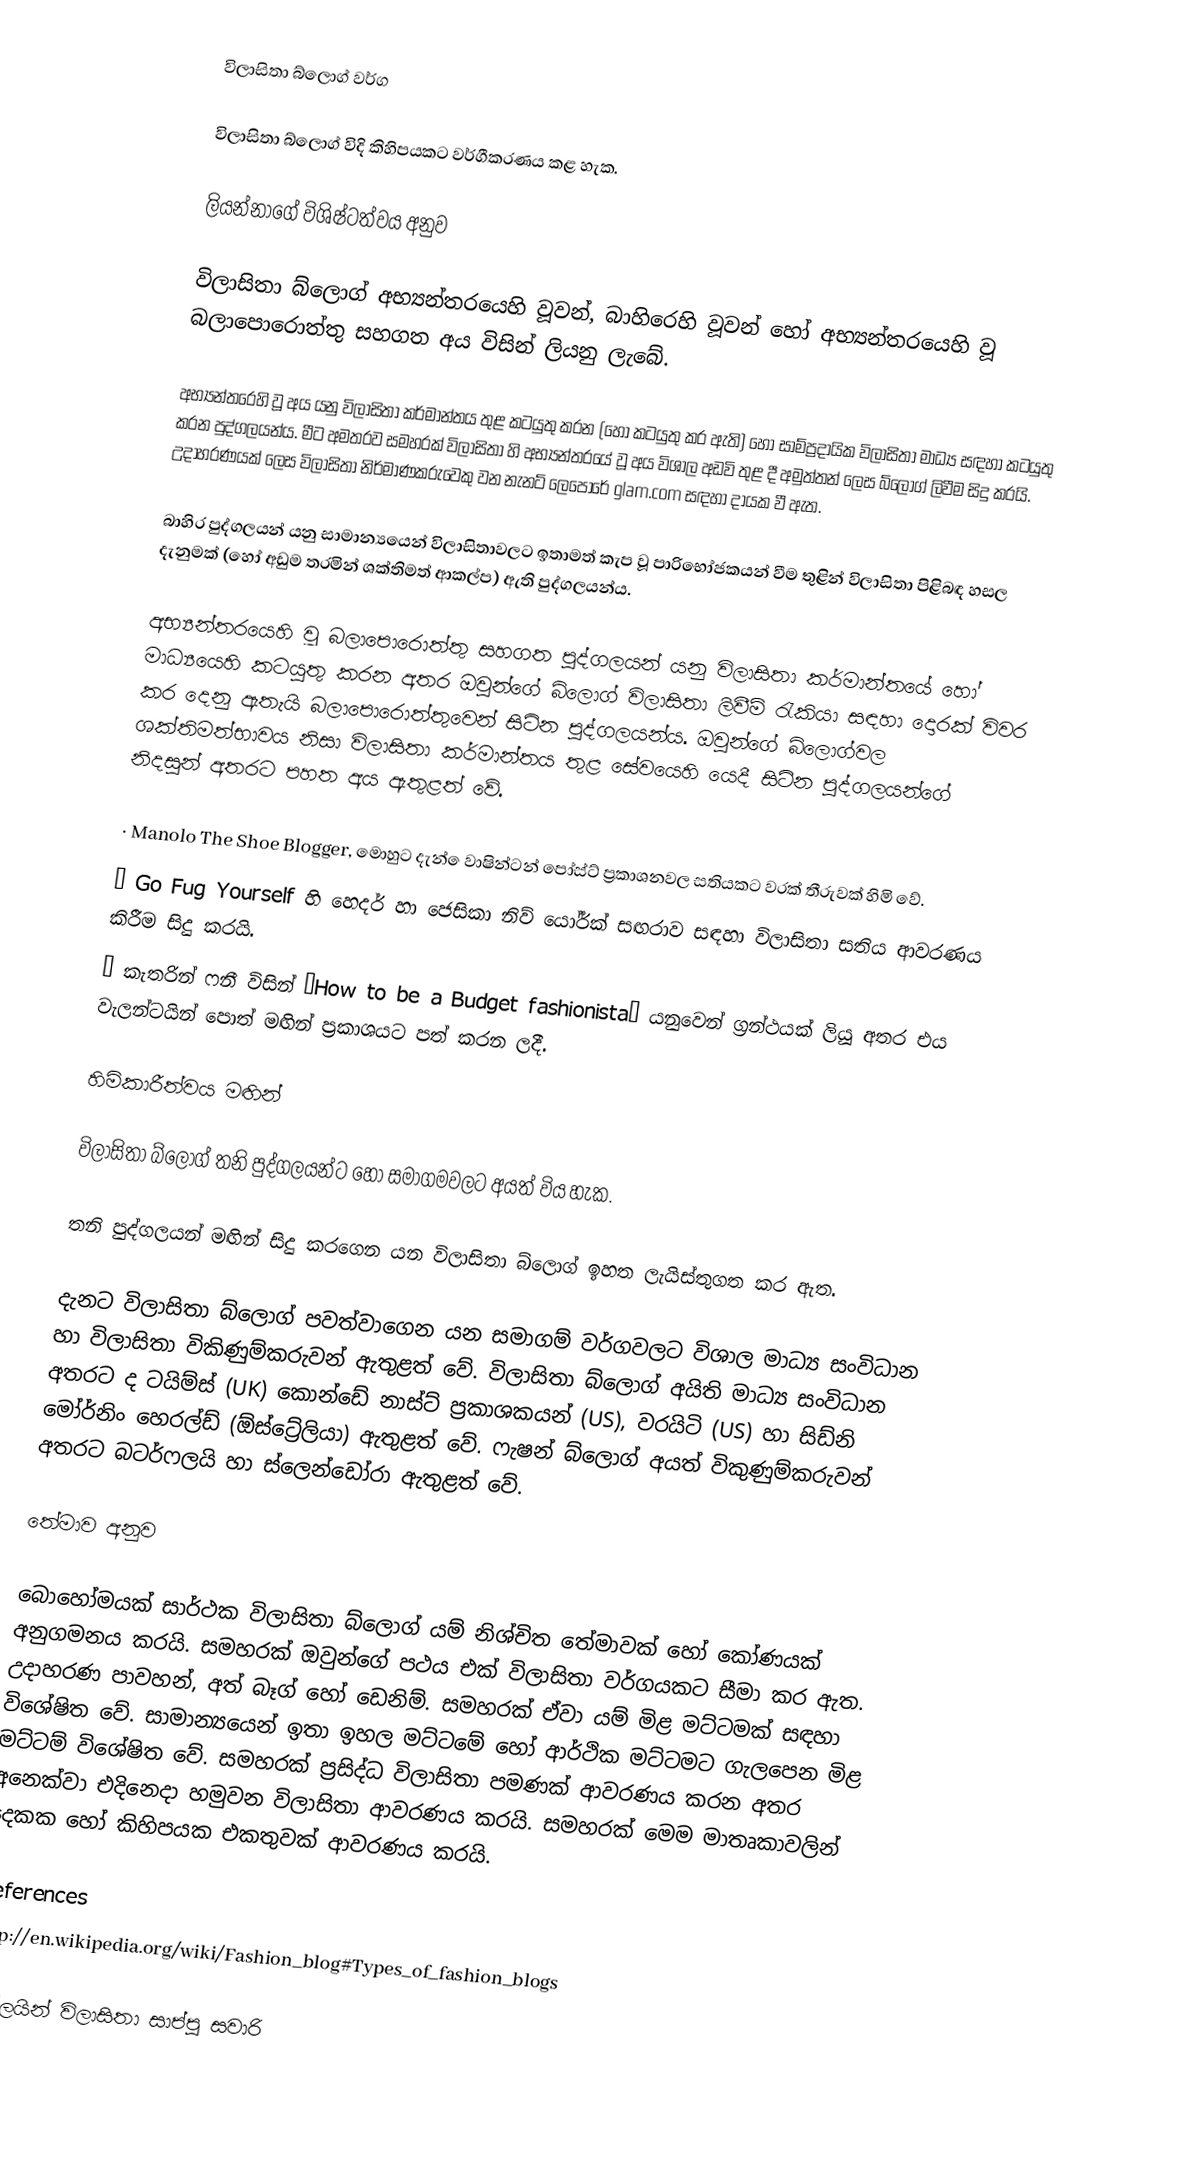
විලාසිතා බ්ලොග් වර්ග

විලාසිතා බ්ලොග් විදි කිහිපයකට වර්ගීකරණය කළ හැක.

ලියන්නාගේ විශිෂ්ටත්වය අනුව

විලාසිතා බ්ලොග් අභ්‍යන්තරයෙහි වූවන්, බාහිරෙහි වූවන් හෝ අභ්‍යන්තරයෙහි වූ බලාපොරොත්තු සහගත අය විසින් ලියනු ලැබේ.

අභ්‍යන්තරෙහි වූ අය යනු විලාසිතා කර්මාන්තය තුළ කටයුතු කරන (හෝ ‍කටයුතු කර ඇති) හෝ සාම්ප්‍රදායික විලාසිතා මාධ්‍ය සඳහා කටයුතු කරන පුද්ගලයන්ය. මීට අමතරව සමහරක් විලාසිතා හි අභ්‍යන්තරයේ වූ අය විශාල අඩවි තුළ දී අමුත්තන් ලෙස බ්ලොග් ලිවීම සිදු කරයි. උදාහරණයක් ලෙස විලාසිතා නිර්මාණකරුවෙකු වන නැනට් ලෙපෝරේ glam.com සඳහා දායක වී ඇත.

බාහිර පුද්ගලයන් යනු සාමාන්‍යයෙන් විලාසිතාවලට ඉතාමත් කැප වූ පාරිභෝජකයන් වීම තුළින් විලාසිතා පිළිබඳ හසල දැනුමක් (හෝ අඩුම තරමින් ශක්තිමත් ආකල්ප) ඇති පුද්ගලයන්ය.

අභ්‍යන්තරයෙහි වූ බලාපොරොත්තු සහගත පුද්ගලයන් ‍යනු විලාසිතා කර්මාන්තයේ හෝ මාධ්‍යයෙහි කටයුතු කරන අතර ඔවුන්ගේ බ්ලොග් විලාසිතා ලිවීම් රැකියා සඳහා දොරක් විවර කර දෙනු ඇතැයි බලාපොරොත්තුවෙන් සිටින පුද්ගලයන්ය. ඔවුන්ගේ බ්ලොග්වල ශක්තිමත්භාවය නිසා විලාසිතා කර්මාන්තය තුළ සේවයෙහි යෙදී සිටින පුද්ගලයන්ගේ නිදසුන් අතරට පහත අය ඇතුළත් වේ.

·	Manolo The Shoe Blogger, මොහුට දැන් ‍ෙවාෂින්ටන් පෝස්ට් ප්‍රකාශනවල සතියකට වරක් තීරුවක් හිමි වේ.
·	Go Fug Yourself හි හෙදර් හා ජෙසිකා නිව් යෝර්ක් සඟරාව සඳහා විලාසිතා සතිය ආවරණය කිරීම සිදු කරයි.
·	කැතරින් ෆනී විසින් “How to be a Budget fashionista” යනුවෙන් ග්‍රන්ථයක් ලියූ අතර එය වැලන්ටයින් පොත් මඟින් ප්‍රකාශයට පත් කරන ලදී.

හිමිකාරීත්වය මඟින්

විලාසිතා බ්ලොග් තනි පුද්ගලයන්ට හෝ සමාගමවලට අයත් විය හැක.

තනි පුද්ගලයන් මඟින් සිදු කරගෙන යන විලාසිතා බ්ලොග් ඉහත ලැයිස්තුගත කර ඇත.

දැනට විලාසිතා බ්ලොග් පවත්වාගෙන යන සමාගම් වර්ගවලට විශාල මාධ්‍ය සංවිධාන හා විලාසිතා විකිණුම්කරුවන් ඇතුළත් වේ. විලාසිතා බ්ලොග් අයිති මාධ්‍ය සංවිධාන අතරට ද ටයිම්ස් (UK) කොන්ඩේ නාස්ට් ප්‍රකාශකයන් (US), වරයිටි (US) හා සිඩ්නි මෝර්නිං හෙරල්ඩ් (ඕස්ට්‍රේලියා) ඇතුළත් වේ. ෆැෂන් බ්ලොග් අයත් විකුණුම්කරුවන් අතරට බටර්ෆලයි හා ස්ලෙන්ඩෝරා ඇතුළත් වේ.

තේමාව අනුව

බොහෝමයක් සාර්ථක විලාසිතා බ්ලොග් යම් නිශ්චිත තේමාවක් හෝ කෝණයක් අනුගමනය කරයි. සමහරක් ඔවුන්ගේ පථය එක් විලාසිතා වර්ගයකට සීමා කර ඇත. උදාහරණ පාවහන්, අත් බෑග් හෝ ඩෙනිම්. සමහරක් ඒවා යම් මිළ මට්ටමක් සඳහා විශේෂිත වේ. සාමාන්‍යයෙන් ඉතා ඉහල මට්ටමේ හෝ ආර්ථික මට්ටමට ගැලපෙන මිළ මට්ටම් විශේෂිත වේ. සමහරක් ප්‍රසිද්ධ විලාසිතා පමණක් ආවරණය කරන අතර අනෙක්වා එදිනෙදා හමුවන විලාසිතා ආවරණය කරයි. සමහරක් මෙම මාතෘකාවලින් දෙකක හෝ කිහිපයක එකතුවක් ආවරණය කරයි.  ‍

References
http://en.wikipedia.org/wiki/Fashion_blog#Types_of_fashion_blogs

ඔන්ලයින් විලාසිතා සාප්පු සවාරි